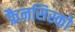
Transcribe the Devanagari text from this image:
फ्रैनसिस्को